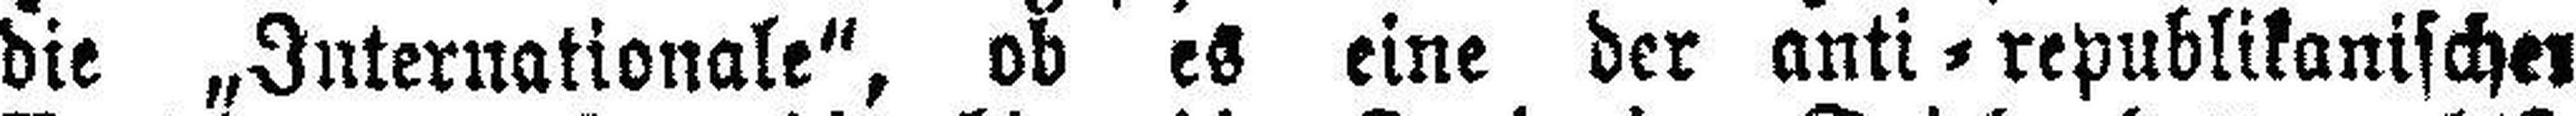
die „Internationale“, ob es eine der anti=republikanischen